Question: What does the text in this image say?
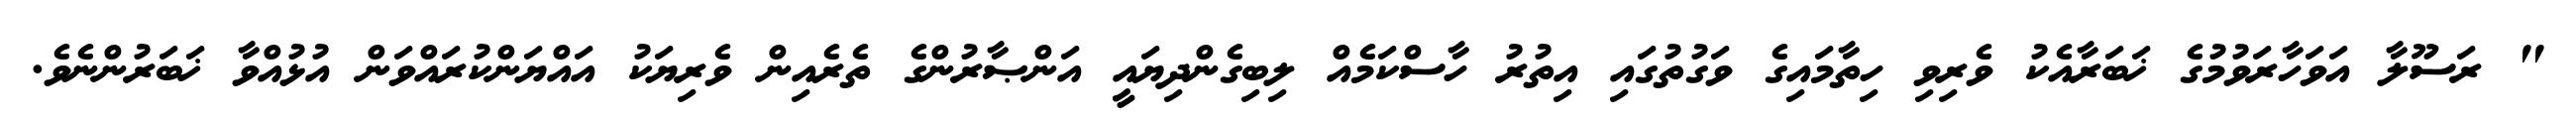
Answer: " ރަސޫލާ އަވަހާރަވުމުގެ ޚަބަރާއެކު ވެރިވި ހިތާމައިގެ ވަގުތުގައި އިތުރު ހާސްކަމެއް ލިބިގެންދިޔައީ އަންޞާރުންގެ ތެރެއިން ވެރިޔަކު އައްޔަންކުރައްވަން އުޅުއްވާ ޚަބަރުންނެވެ.